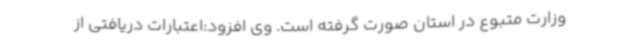
وزارت متبوع در استان صورت گرفته است. وی افزود:اعتبارات دریافتی از